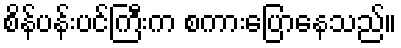
စိန်ပန်းပင်ကြီးက စကားပြောနေသည်။